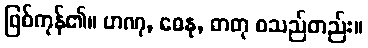
ဖြစ်ကုန်၏။ ဟဏု, ဓေနု, ဓာတု စသည်တည်း။